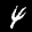
Label: 4